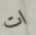
ات